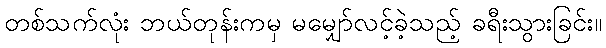
တစ်သက်လုံး ဘယ်တုန်းကမှ မမျှော်လင့်ခဲ့သည့် ခရီးသွားခြင်း။